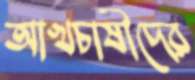
আখচাষীদের